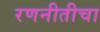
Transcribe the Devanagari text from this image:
रणनीतीचा